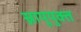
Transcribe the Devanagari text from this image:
स्नायूयुक्त